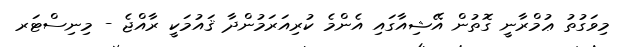
މިވަގުތު ޢުމްރާނީ ގޮތުން އޭޝިއާގައި އެންމެ ކުރިއަރަމުންދާ ޤައުމަކީ ރާއްޖެ - މިނިސްޓަރ